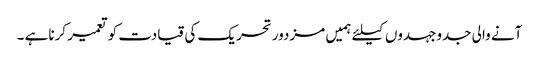
آنے والی جدوجہدوں کیلئے ہمیں مزدور تحریک کی قیادت کو تعمیر کرناہے ۔